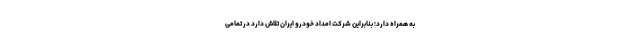
به همراه دارد؛ بنابراین شرکت امداد خودرو ایران تلاش دارد در تمامی